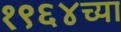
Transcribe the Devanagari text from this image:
१९६४च्या